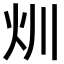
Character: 𤆑